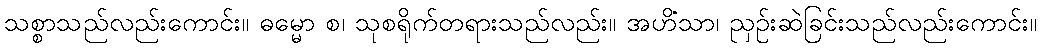
သစ္စာသည်လည်းကောင်း။ ဓမ္မော စ၊ သုစရိုက်တရားသည်လည်း။ အဟိံသာ၊ ညှဉ်းဆဲခြင်းသည်လည်းကောင်း။